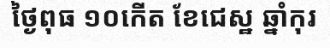
ថ្ងៃពុធ ១០កើត ខែជេស្ឋ ឆ្នាំកុរ